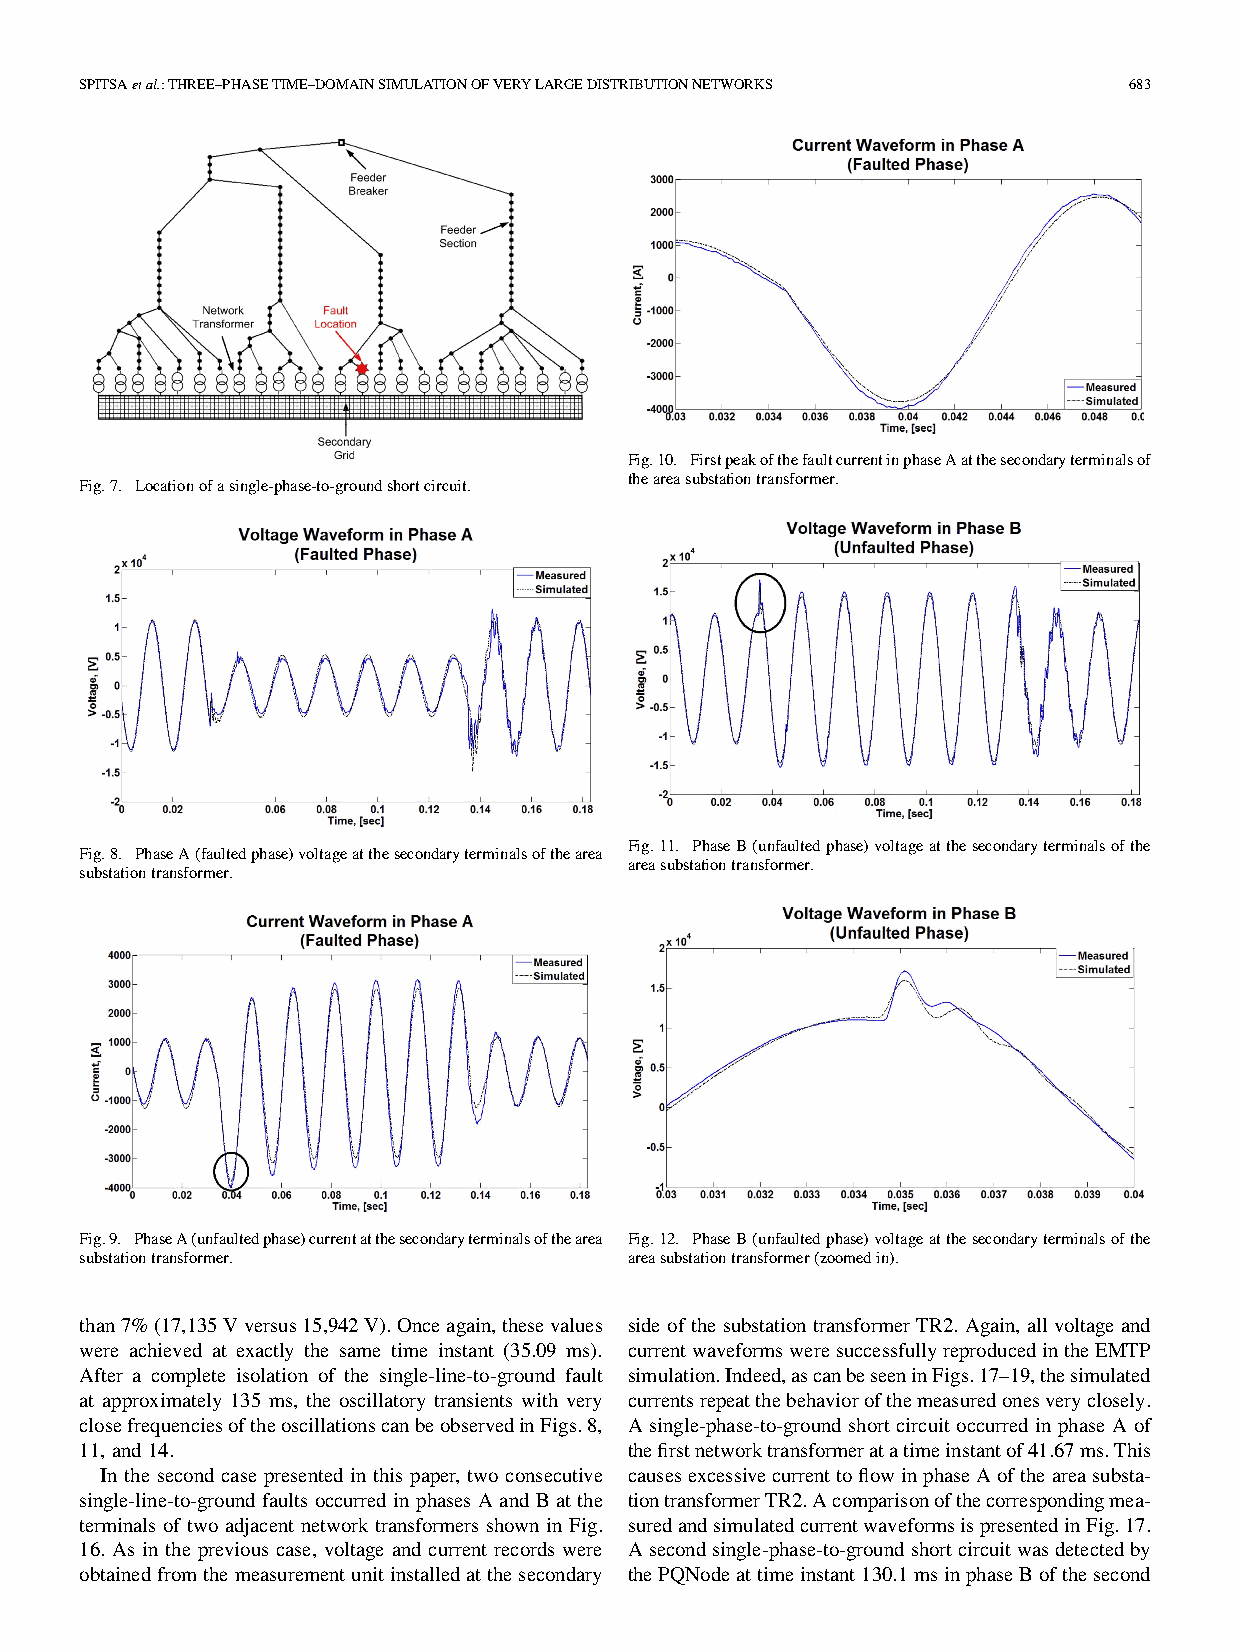
SPITSAetal.:THREE–PHASETIME–DOMAINSIMULATIONOFVERYLARGEDISTRIBUTIONNETWORKS 683
 Fig.10. FirstpeakofthefaultcurrentinphaseAatthesecondaryterminalsof
 theareasubstationtransformer.
 Fig.7. Locationofasingle-phase-to-groundshortcircuit.
 Fig.11. PhaseB(unfaultedphase)voltageatthesecondaryterminalsofthe
 Fig.8. PhaseA(faultedphase)voltageatthesecondaryterminalsofthearea
 areasubstationtransformer.
 substationtransformer.
 Fig.9. PhaseA(unfaultedphase)currentatthesecondaryterminalsofthearea Fig.12. PhaseB(unfaultedphase)voltageatthesecondaryterminalsofthe
 substationtransformer.               areasubstationtransformer(zoomedin).
 than7%(17,135Vversus15,942V).Onceagain,thesevalues side ofthe substationtransformer TR2. Again, all voltageand
 were achieved at exactly the same time instant (35.09 ms). currentwaveformsweresuccessfullyreproducedintheEMTP
 After a complete isolation of the single-line-to-ground fault simulation.Indeed,ascanbeseeninFigs.17–19,thesimulated
 at approximately 135 ms, the oscillatory transients with very currentsrepeatthebehaviorofthemeasuredonesveryclosely.
 closefrequenciesoftheoscillationscanbeobservedinFigs.8, A single-phase-to-ground short circuit occurred in phase A of
 11, and 14.                          thefirstnetworktransformeratatimeinstantof41.67ms.This
 In the second case presented in this paper, two consecutive causesexcessivecurrenttoflowinphaseAoftheareasubsta-
 single-line-to-ground faults occurred in phases A and B at the tiontransformerTR2.Acomparisonofthecorrespondingmea-
 terminals of two adjacent network transformers shown in Fig. suredandsimulatedcurrentwaveformsispresentedinFig.17.
 16. As in the previous case, voltage and current records were Asecondsingle-phase-to-groundshortcircuitwasdetectedby
 obtainedfromthemeasurementunitinstalledatthesecondary thePQNodeattimeinstant130.1msinphaseBofthesecond